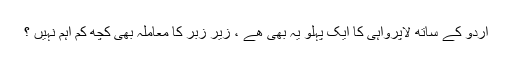
اردو کے ساتھ لاپرواہی کا ایک پہلو یہ بھی ھے ، زیر زبر کا معاملہ بھی کچھ کم اہم نہیں ؟